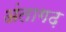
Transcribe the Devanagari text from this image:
अंतागढ़